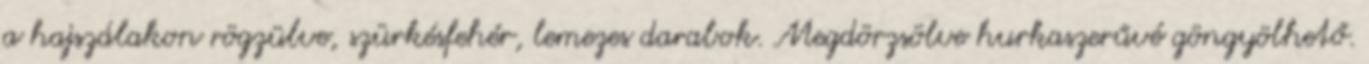
a hajszálakon rögzülve, szürkésfehér, lemezes darabok. Megdörzsölve hurkaszerűvé göngyölhető.